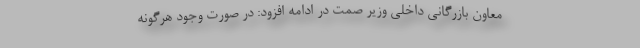
معاون بازرگانی داخلی وزیر صمت در ادامه افزود: در صورت وجود هرگونه